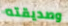
وصديقته